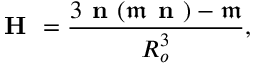
\textbf { H } = \frac { 3 \textbf { n } ( \mathfrak { m } \textbf { n } ) - \mathfrak { m } } { R _ { o } ^ { 3 } } ,